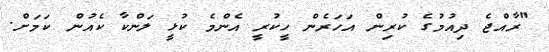
"ރާއްޖެ ދިއުމުގެ ކުރިން އަހަރެން ހީކުރީ އެންމެ ކުޅީ ލަންކާ ކެެއުން ކަމަށް.